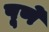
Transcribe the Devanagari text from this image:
पूर्णे